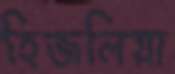
হিজলিয়া